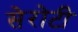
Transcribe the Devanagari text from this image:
सेरोटी